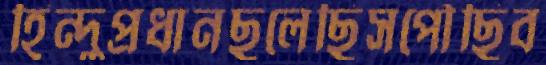
হিন্দুপ্রধানছুলেছিসপৌঁছিব